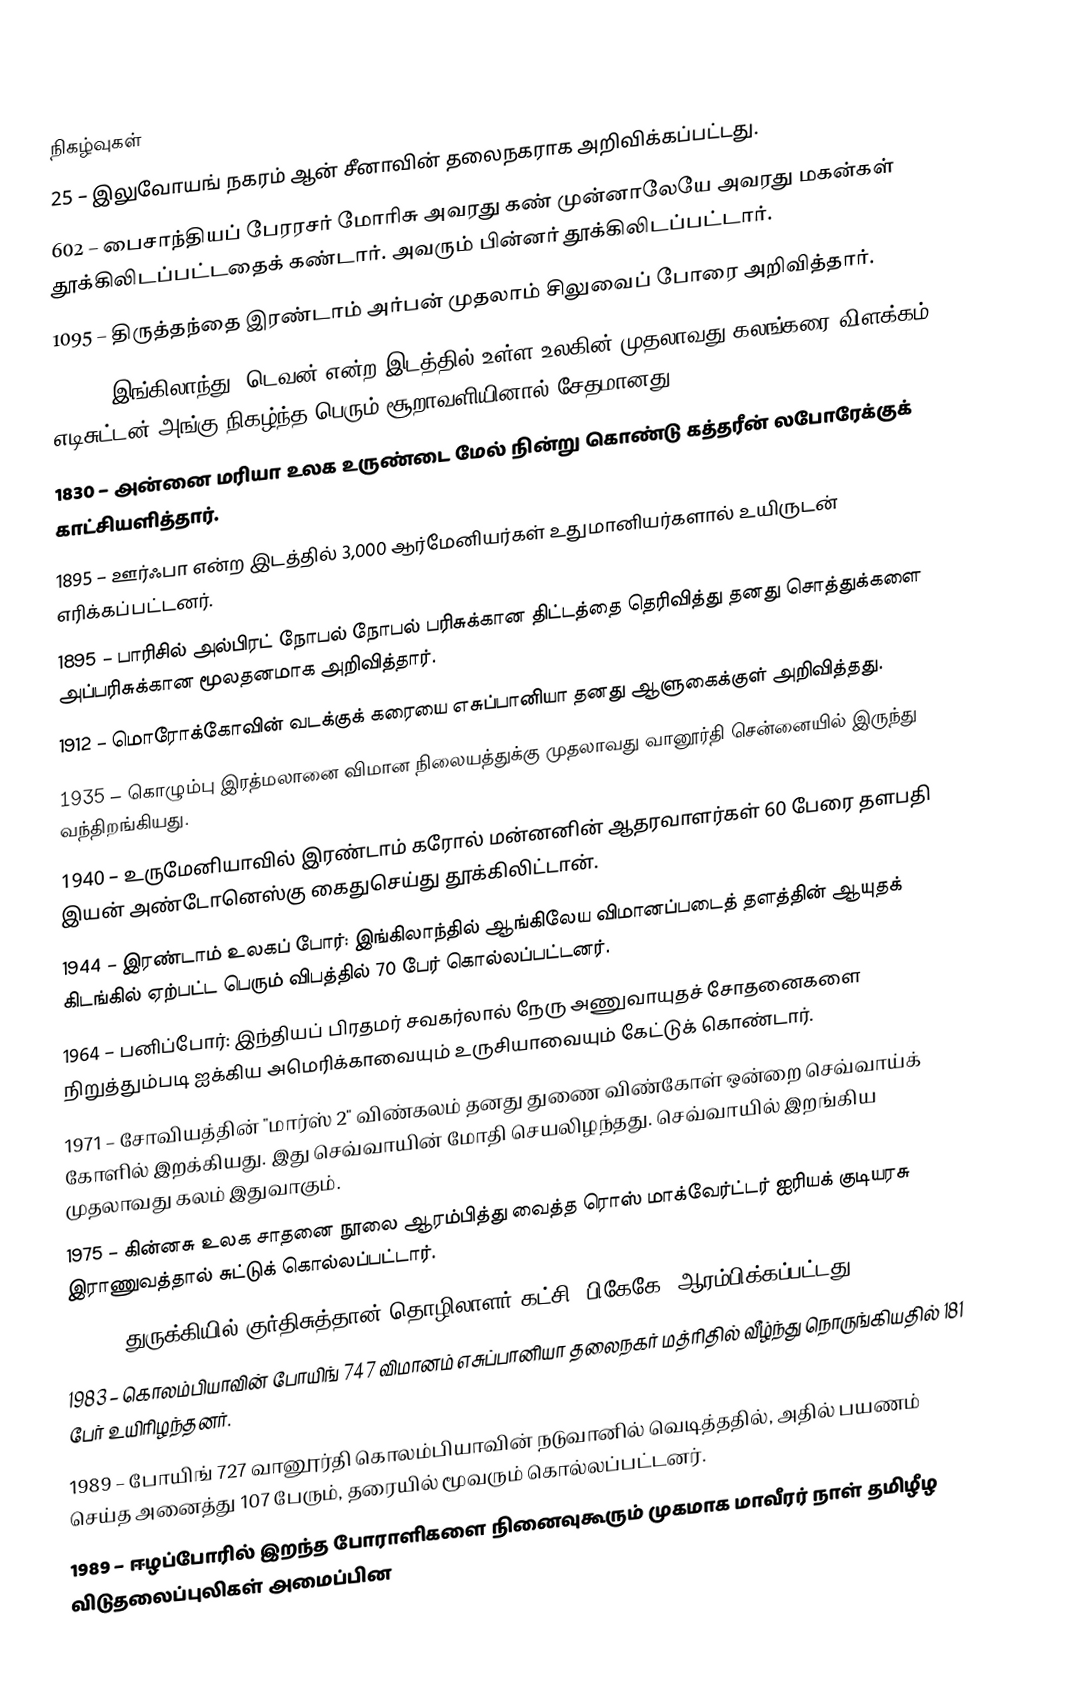

நிகழ்வுகள்
 25 – இலுவோயங் நகரம் ஆன் சீனாவின் தலைநகராக அறிவிக்கப்பட்டது.
 602 – பைசாந்தியப் பேரரசர் மோரிசு அவரது கண் முன்னாலேயே அவரது மகன்கள் தூக்கிலிடப்பட்டதைக் கண்டார். அவரும் பின்னர் தூக்கிலிடப்பட்டார்.
1095 – திருத்தந்தை இரண்டாம் அர்பன் முதலாம் சிலுவைப் போரை அறிவித்தார்.
1703 – இங்கிலாந்து, டெவன் என்ற இடத்தில் உள்ள உலகின் முதலாவது கலங்கரை விளக்கம் எடிசுட்டன் அங்கு நிகழ்ந்த பெரும் சூறாவளியினால் சேதமானது.
1830 – அன்னை மரியா உலக உருண்டை மேல் நின்று கொண்டு கத்தரீன் லபோரேக்குக் காட்சியளித்தார்.
1895 – ஊர்ஃபா என்ற இடத்தில் 3,000 ஆர்மேனியர்கள் உதுமானியர்களால் உயிருடன் எரிக்கப்பட்டனர்.
1895 – பாரிசில் அல்பிரட் நோபல் நோபல் பரிசுக்கான திட்டத்தை தெரிவித்து தனது சொத்துக்களை அப்பரிசுக்கான மூலதனமாக அறிவித்தார்.
1912 – மொரோக்கோவின் வடக்குக் கரையை எசுப்பானியா தனது ஆளுகைக்குள் அறிவித்தது.
1935 – கொழும்பு இரத்மலானை விமான நிலையத்துக்கு முதலாவது வானூர்தி சென்னையில் இருந்து வந்திறங்கியது.
1940 – உருமேனியாவில் இரண்டாம் கரோல் மன்னனின் ஆதரவாளர்கள் 60 பேரை தளபதி இயன் அண்டோனெஸ்கு கைதுசெய்து தூக்கிலிட்டான்.
1944 – இரண்டாம் உலகப் போர்: இங்கிலாந்தில் ஆங்கிலேய விமானப்படைத் தளத்தின் ஆயுதக் கிடங்கில் ஏற்பட்ட பெரும் விபத்தில் 70 பேர் கொல்லப்பட்டனர்.
1964 – பனிப்போர்: இந்தியப் பிரதமர் சவகர்லால் நேரு அணுவாயுதச் சோதனைகளை நிறுத்தும்படி ஐக்கிய அமெரிக்காவையும் உருசியாவையும் கேட்டுக் கொண்டார்.
1971 – சோவியத்தின் "மார்ஸ் 2" விண்கலம் தனது துணை விண்கோள் ஒன்றை செவ்வாய்க் கோளில் இறக்கியது. இது செவ்வாயின் மோதி செயலிழந்தது. செவ்வாயில் இறங்கிய முதலாவது கலம் இதுவாகும்.
1975 – கின்னசு உலக சாதனை நூலை ஆரம்பித்து வைத்த ரொஸ் மாக்வேர்ட்டர் ஐரியக் குடியரசு இராணுவத்தால் சுட்டுக் கொல்லப்பட்டார்.
1978 – துருக்கியில் குர்திசுத்தான் தொழிலாளர் கட்சி (பிகேகே) ஆரம்பிக்கப்பட்டது.
1983 – கொலம்பியாவின் போயிங் 747 விமானம் எசுப்பானியா தலைநகர் மத்ரிதில் வீழ்ந்து நொருங்கியதில் 181 பேர் உயிரிழந்தனர்.
1989 – போயிங் 727 வானூர்தி கொலம்பியாவின் நடுவானில் வெடித்ததில், அதில் பயணம் செய்த அனைத்து 107 பேரும், தரையில் மூவரும் கொல்லப்பட்டனர்.
1989 – ஈழப்போரில் இறந்த போராளிகளை நினைவுகூரும் முகமாக மாவீரர் நாள் தமிழீழ விடுதலைப்புலிகள் அமைப்பின